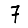
Digit: 7